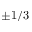
\pm 1 / 3